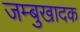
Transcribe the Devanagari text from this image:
जम्बुखादक